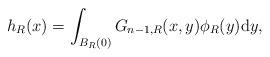
LaTeX: \begin{align*}h_{R}(x)=\int_{B_{R}(0)} G_{n-1, R}(x, y)\phi_R(y)\mathrm{d}y,\end{align*}